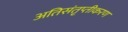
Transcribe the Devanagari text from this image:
अतिसंतृप्तीकरण